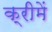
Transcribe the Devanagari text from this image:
क्रीमें